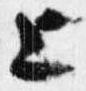
上